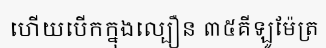
ហើយបើកក្នុងល្បឿន ៣៥គីឡូម៉ែត្រ